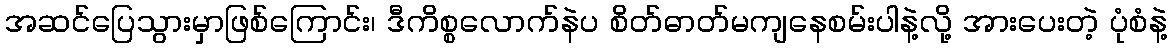
အဆင်ပြေသွားမှာဖြစ်ကြောင်း၊ ဒီကိစ္စလောက်နဲပ စိတ်ဓာတ်မကျနေစမ်းပါနဲ့လို့ အားပေးတဲ့ ပုံစံနဲ့